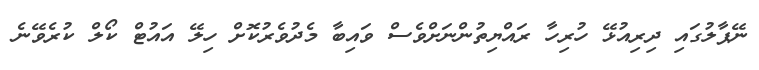
ނޭޕާލުގައި ދިރިއުޅޭ ހުރިހާ ރައްޔިތުންނަށްވެސް ވައިބާ މެދުވެރުކޮށް ހިލޭ އައުޓް ކޯލް ކުރެވޭނެ